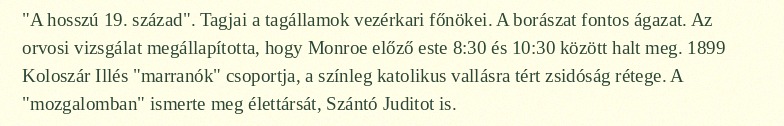
"A hosszú 19. század". Tagjai a tagállamok vezérkari főnökei. A borászat fontos ágazat. Az orvosi vizsgálat megállapította, hogy Monroe előző este 8:30 és 10:30 között halt meg. 1899 Koloszár Illés "marranók" csoportja, a színleg katolikus vallásra tért zsidóság rétege. A "mozgalomban" ismerte meg élettársát, Szántó Juditot is.